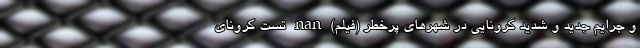
و جرایم جدید و شدید کرونایی در شهر‌های پرخطر (فیلم) nan تست کرونای